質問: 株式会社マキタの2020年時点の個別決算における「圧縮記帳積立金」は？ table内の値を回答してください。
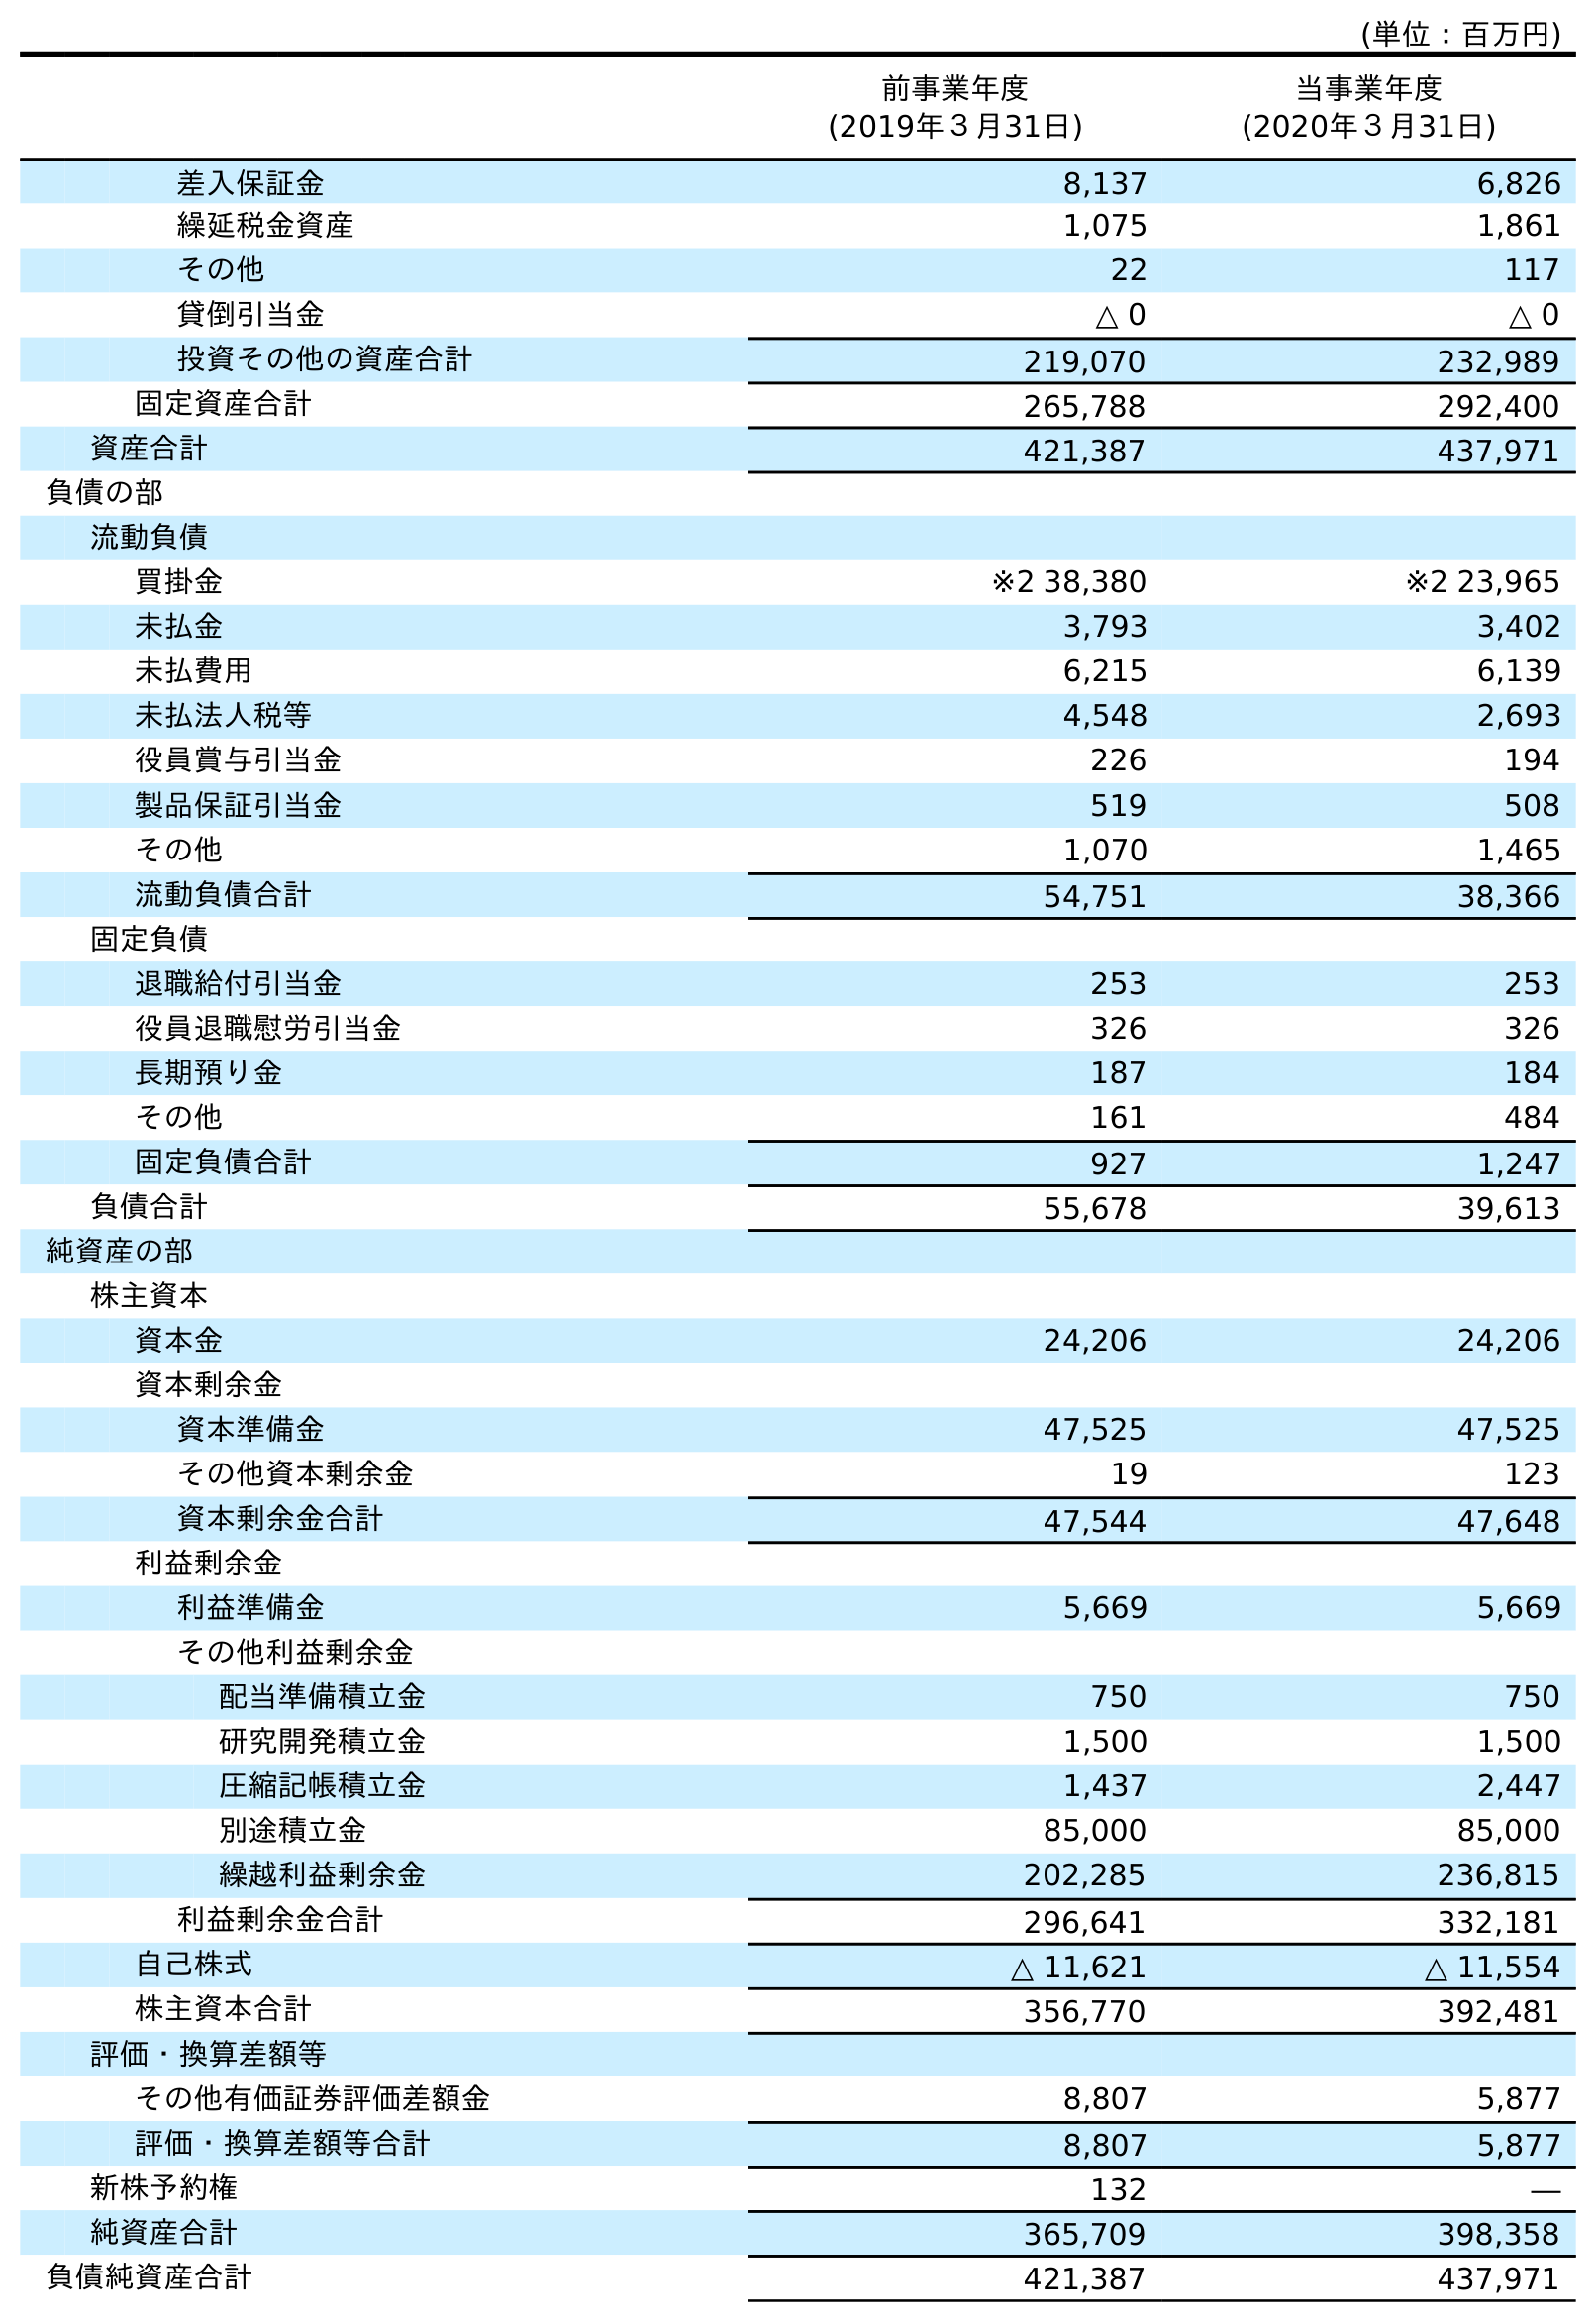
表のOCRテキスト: (単位：百万円) 前事業年度 (2019年３月31日) 当事業年度 (2020年３月31日) 差入保証金 8,137 6,826 繰延税金資産 1,075 1,861 その他 22 117 貸倒引当金 △ 0 △ 0 投資その他の資産合計 219,070 232,989 固定資産合計 265,788 292,400 資産合計 421,387 437,971 負債の部 流動負債 買掛金 ※2 38,380 ※2 23,965 未払金 3,793 3,402 未払費用 6,215 6,139 未払法人税等 4,548 2,693 役員賞与引当金 226 194 製品保証引当金 519 508 その他 1,070 1,465 流動負債合計 54,751 38,366 固定負債 退職給付引当金 253 253 役員退職慰労引当金 326 326 長期預り金 187 184 その他 161 484 固定負債合計 927 1,247 負債合計 55,678 39,613 純資産の部 株主資本 資本金 24,206 24,206 資本剰余金 資本準備金 47,525 47,525 その他資本剰余金 19 123 資本剰余金合計 47,544 47,648 利益剰余金 利益準備金 5,669 5,669 その他利益剰余金 配当準備積立金 750 750 研究開発積立金 1,500 1,500 圧縮記帳積立金 1,437 2,447 別途積立金 85,000 85,000 繰越利益剰余金 202,285 236,815 利益剰余金合計 296,641 332,181 自己株式 △ 11,621 △ 11,554 株主資本合計 356,770 392,481 評価・換算差額等 その他有価証券評価差額金 8,807 5,877 評価・換算差額等合計 8,807 5,877 新株予約権 132 ― 純資産合計 365,709 398,358 負債純資産合計 421,387 437,971
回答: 2,447